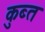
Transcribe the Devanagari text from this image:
कुब्त